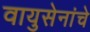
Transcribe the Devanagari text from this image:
वायुसेनांचे